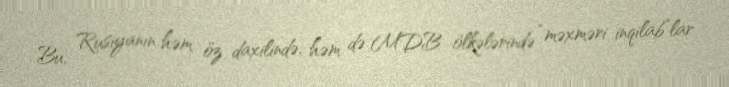
Bu, Rusiyanın həm öz daxilində, həm də MDB ölkələrində “məxməri inqilab”lar